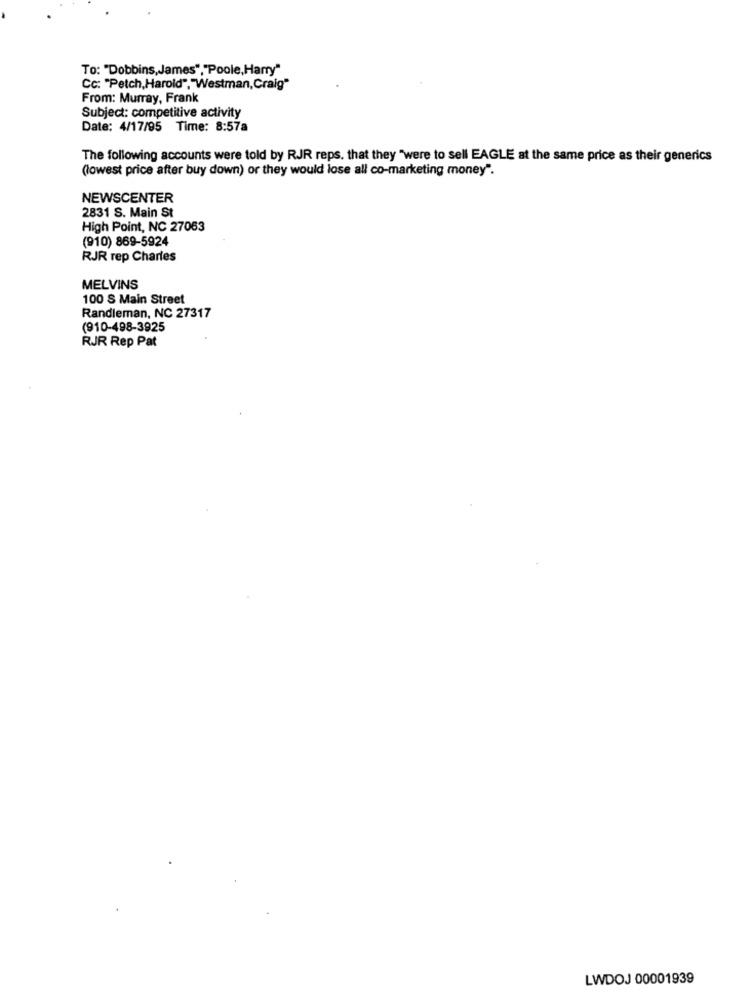
To: "Dobbins,James","Poole, Harry"
CC: "Petch, Harold","Westman, Craig"
From: Murray, Frank
Subject: competitive activity
Date: 4/17/95 Time: 8:57a
The following accounts were told by RJR reps, that they "were to sell EAGLE at the same price as their generics
(lowest price after buy down) or they would lose all co-marketing money".
NEWSCENTER
2831 S. Main St
High Point, NC 27063
(910) 869-5924
RJR rep Charles
MELVINS
100 S Main Street
Randleman, NC 27317
(910-498-3925
RJR Rep Pat
LWDOJ 00001939